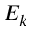
E _ { k }